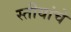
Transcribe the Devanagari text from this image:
स्तीयांचे